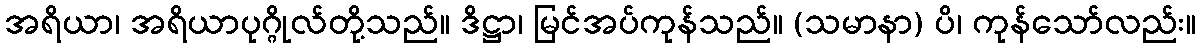
အရိယာ၊ အရိယာပုဂ္ဂိုလ်တို့သည်။ ဒိဋ္ဌာ၊ မြင်အပ်ကုန်သည်။ (သမာနာ) ပိ၊ ကုန်သော်လည်း။